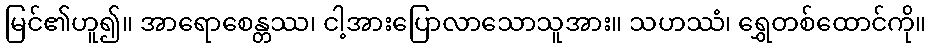
မြင်၏ဟူ၍။ အာရောစေန္တဿ၊ ငါ့အားပြောလာသောသူအား။ သဟဿံ၊ ရွှေတစ်ထောင်ကို။